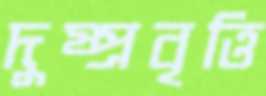
দুষ্প্রবৃত্তি